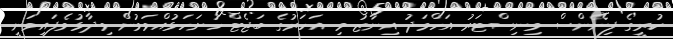
ކުރީގެ ފިނޭންސް މިނިސްޓަރު އަހްމަދު އިނާޒު މި އަހަރުގެ ބަޖެޓް ހުށަހަޅުއްވަމުން ވިދާޅުވެފައިވަނީ